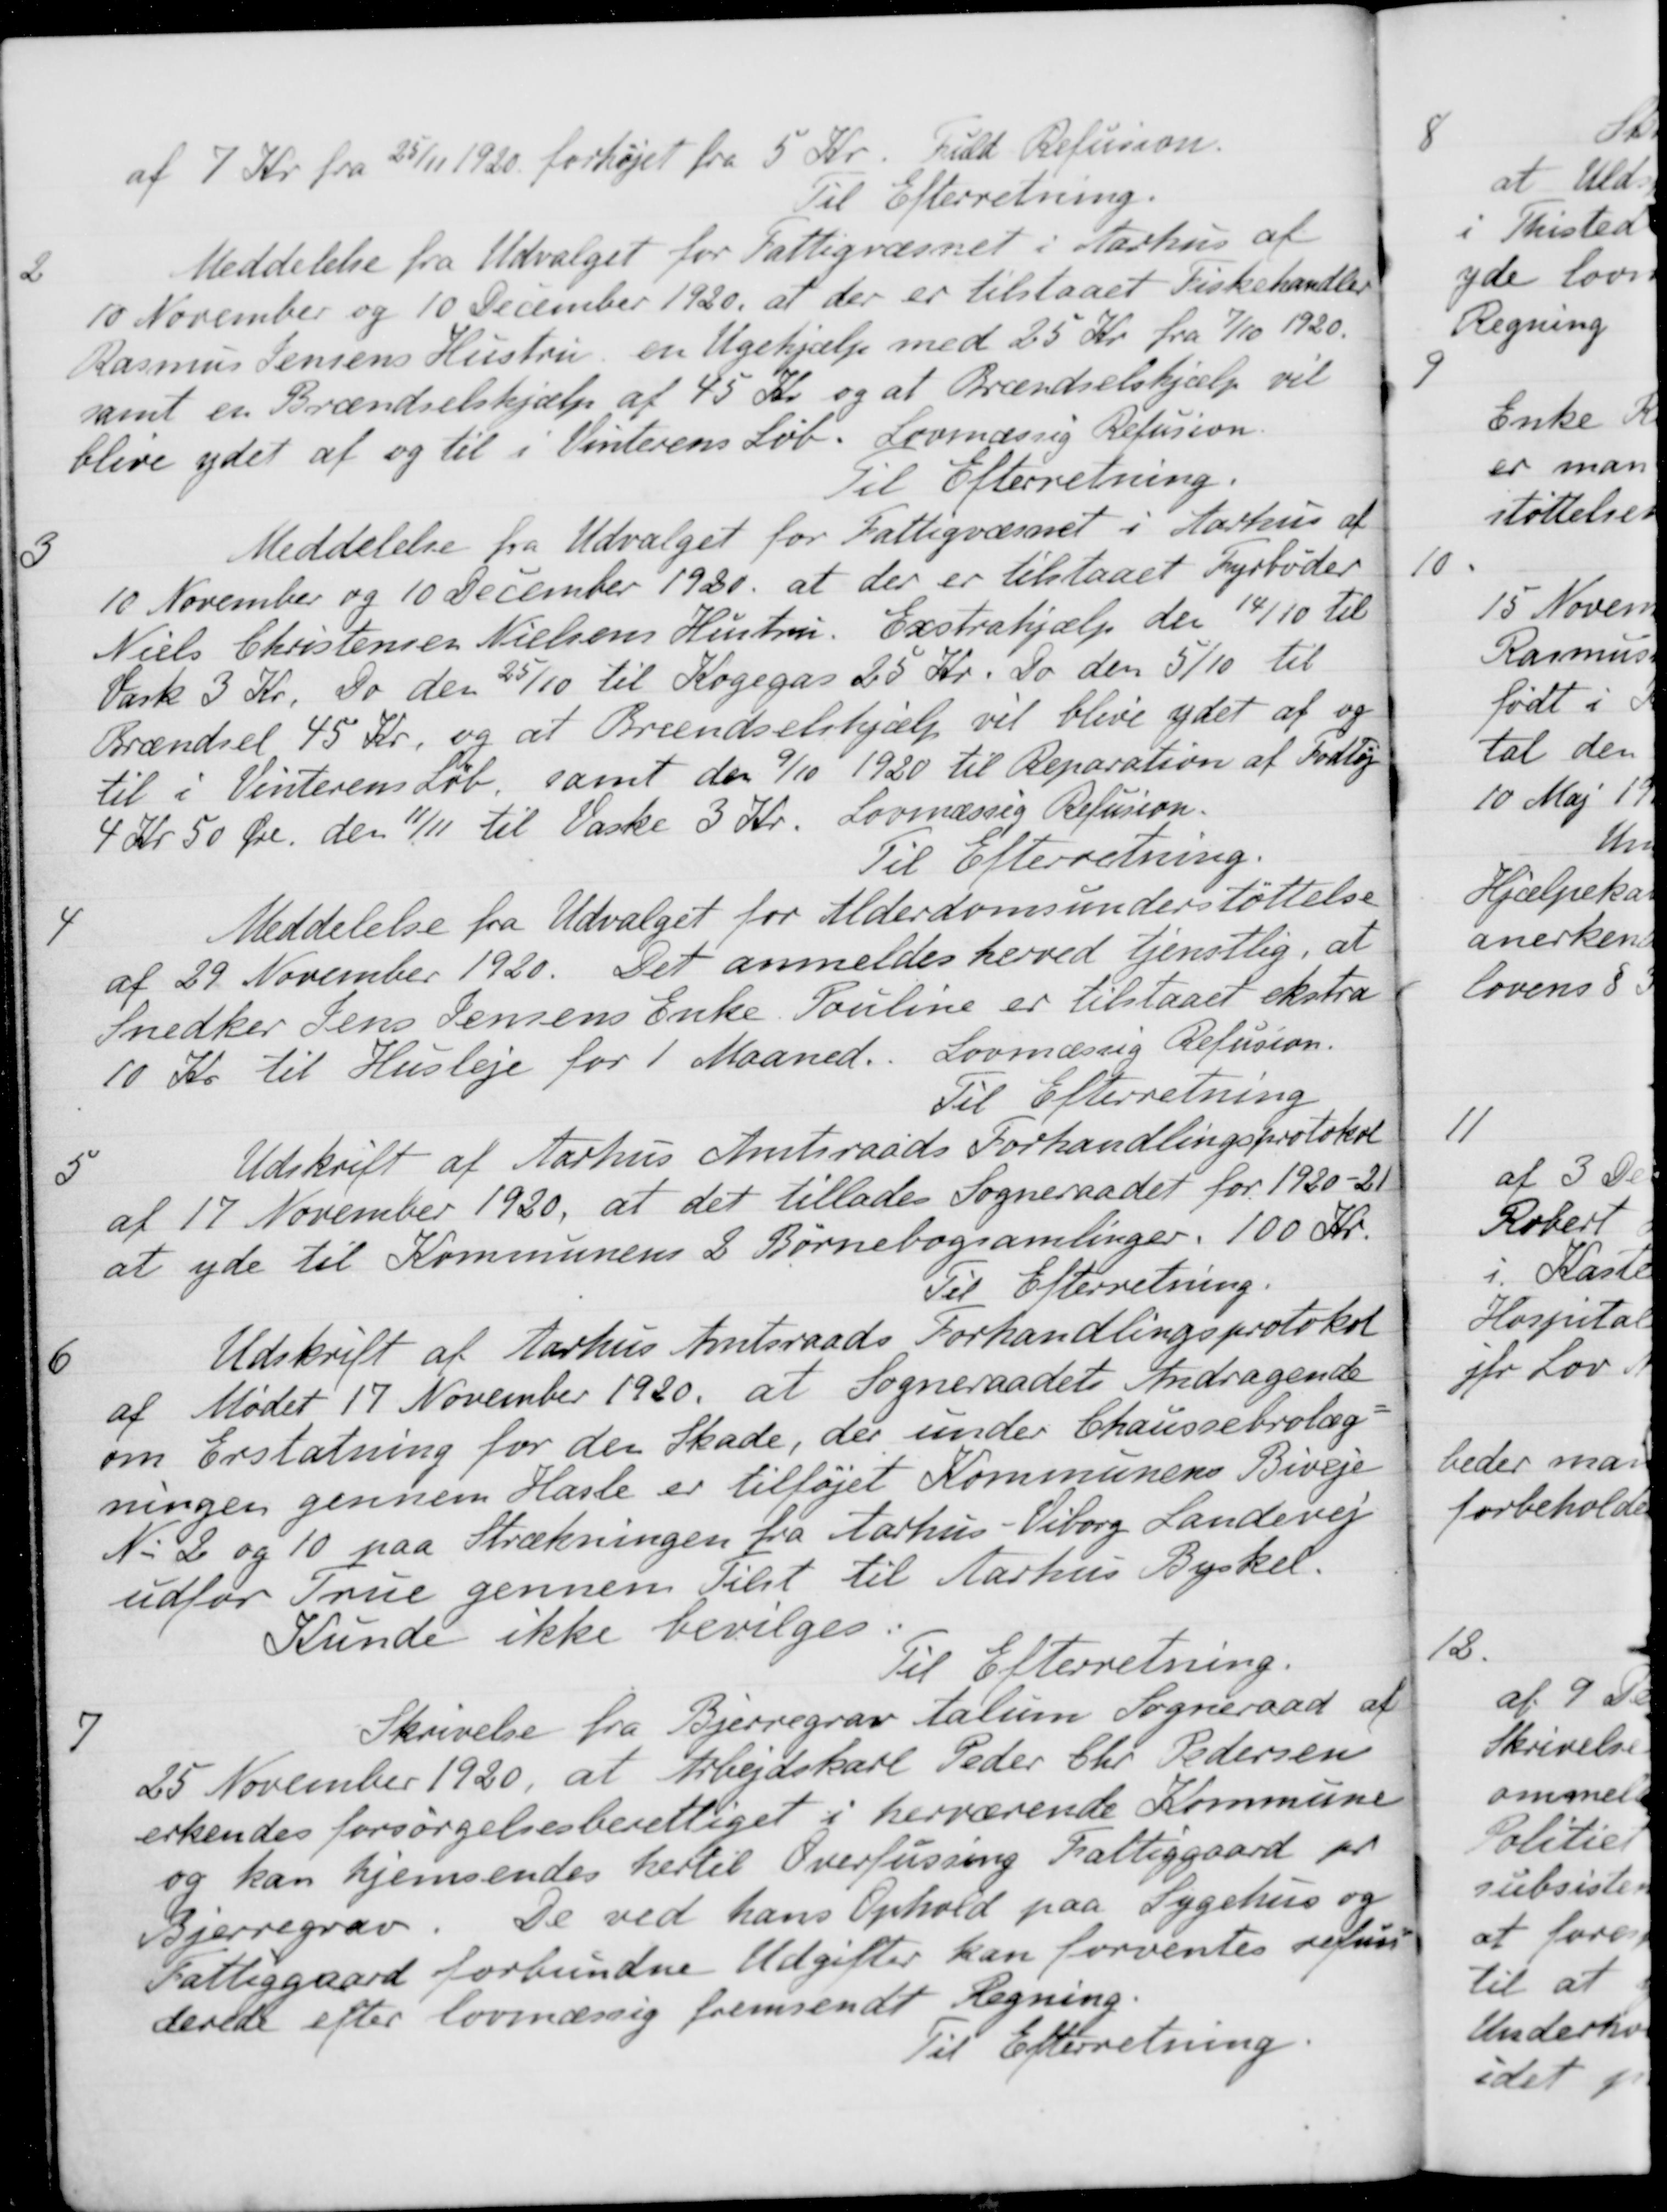
Transskription:
af 7 Kr. fra 25/11 1920 forhøjet fra 5 Kr. Tild Refusion.
Til Efterretning.
2
Meddelelse fra Udvalget for Fattigvæsnet i Aarhus af
10 November og 10 December 1920, at der er tilstaaet Fiskehandler
Rasmus Jensens Hustru en Ugehjælp med 25 Kr. fra 7/10 1920.
samt en Brændselshjælp af 45 Kr. og at Brændselshjælp vil
blive ydet af og til i Vinterens Løb. Lovmæssig Refusion.
Til Efterretning.
3
Meddelelse fra Udvalget for Fattigvæsenet i Aarhus af
10 November og 10 December 1920 at der er tilstaaet Fyrbøder
Niels Christensen Nielsens Hustru. Exstrahjælp den 14/10 til
Vask 3 Kr. Do den 25/10 til Kogegas 25 Kr. Do den 5/10 til
Brændsel 45 Kr. og at Brændselshjælp vil blive ydet af og
til i Vinterens Løb, samt den 9/10 1920 til Reparation af Fodtøj
4 Kr 50 Øre den 11/11 til Vaske 3 Kr. Lovmæssig Refusion.
Til Efterretning.
4
Meddelelse fra Udvalget for Alderdomsunderstøttelse
af 29 November 1920. Det anmeldes herved tjenstlig, at
Snedker Jens Jensens Enke. Pouline er tilstaaet ekstra
10 Kr til Husleje for 1 Maaned. Lovmæssig Refusion.
Til Efterretning
5
Udskrift af Aarhus Amtsraads Forhandlingsprotokol
af 17 November 1920, at det tillades Sogneraadet for 1920-21
at yde til Kommunens 2 Børnebogsamlinger. 100 Kr.
Til Efterretning.
6
Udskrift af Aarhus Amtsraads Forhandlingsprotokol
af Mødet 17 November 1920, at Sogneraadets Andragende
om Erstatning for den Skade, der under Chaussebrolæg-
ningen gennem Hasle er tilføjet Kommunens Biveje
N. 2 og 10 paa Strækningen fra Aarhus - Viborg Landevej
udfor True gennem Tilst til Aarhus Byskel.
Kunde ikke bevilges.
Til Efterretning.
7
Skrivelse fra Bjerregrav Aalum Sogneraad af
25 November 1920, at Arbejdskarl Peder Chr. Pedersen
erkendes forsørgelsesberettiget i herværende Kommune
og kan hjemsendes hertil Overfussing Fattiggaard pr
Bjerregrav. De ved hans Ophold paa Sygehus og
Fattiggaard forbundne Udgifter kan forventes refun-
derede efter lovmæssig fremsendt Regning.
Til Efterretning